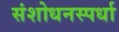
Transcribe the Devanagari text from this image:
संशोधनस्पर्धा